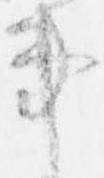
事